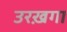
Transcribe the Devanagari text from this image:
उरख़गा